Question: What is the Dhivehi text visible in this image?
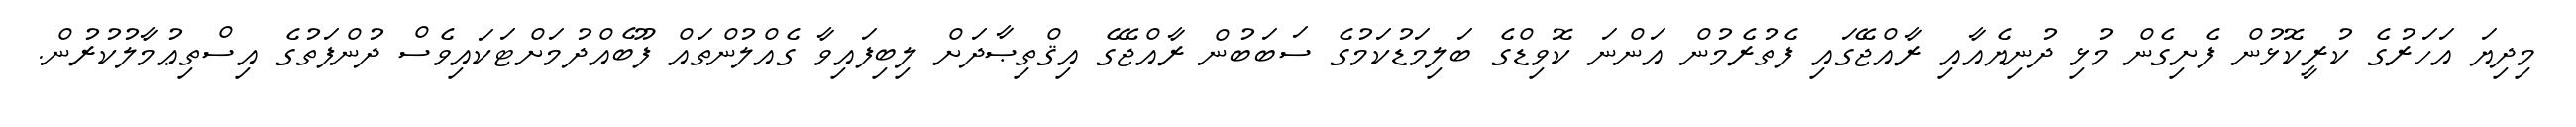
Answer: މިދިޔަ އަހަރުގެ ކުރީކޮޅުން ފެށިގެން މުޅި ދުނިޔެއާއި ރާއްޖޭގައި ފެތުރެމުން އަންނަ ކޮވިޑްގެ ބަލިމަޑުކަމުގެ ސަބަބުން ރާއްޖޭގެ އިޤްތިޞާދަށް ލިބިފައިވާ ގެއްލުންތައް ފޫބެއްދުމަށްޓަކައިވެސް ދުންފަތުގެ އިސްތިޢުމާލުކުރުން.